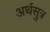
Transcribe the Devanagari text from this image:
अर्थसुत्र